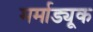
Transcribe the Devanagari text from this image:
मर्माड्यूक